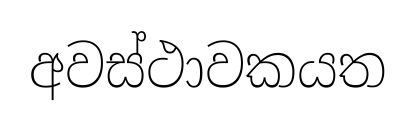
අවස්ථාවකයත